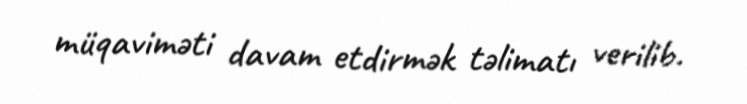
müqaviməti davam etdirmək təlimatı verilib.